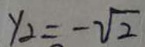
y _ { 2 } = - \sqrt { 2 }